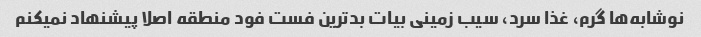
نوشابه‌ها گرم، غذا سرد، سیب زمینی بیات بدترین فست فود منطقه اصلا پیشنهاد نمیکنم